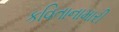
કવિતાનામારી